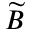
\widetilde { B }